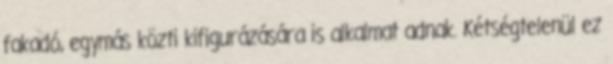
fakadó, egymás közti kifigurázására is alkalmat adnak. Kétségtelenül ez